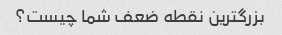
بزرگترین نقطه ضعف شما چیست؟